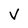
Character: V